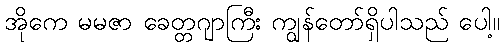
အိုကေ မမဇာ ခေတ္တဂျာကြီး ကျွန်တော်ရှိပါသည် ပေါ့။